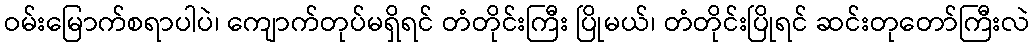
ဝမ်းမြောက်စရာပါပဲ၊ ကျောက်တုပ်မရှိရင် တံတိုင်းကြီး ပြိုမယ်၊ တံတိုင်းပြိုရင် ဆင်းတုတော်ကြီးလဲ